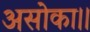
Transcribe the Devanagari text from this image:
असोका।।